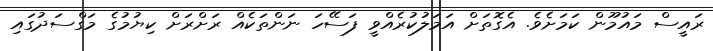
ރައީސް މައުމޫން ކަމަށެވެ. އެގޮތަށް އަމަލުކުރެއްވީ ފަސޭހަ ނަންތަކެއް ރަށްރަށް ކިޔުމުގެ މަގްސަދުގައި